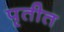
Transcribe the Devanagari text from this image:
पृतीत